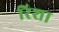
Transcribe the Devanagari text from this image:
रिशा